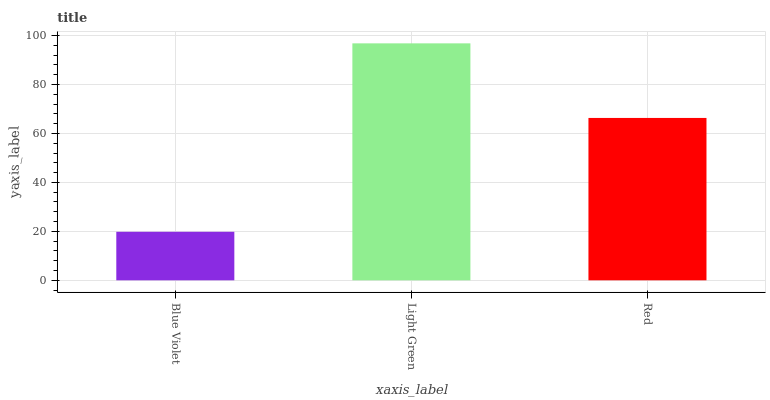
| xaxis_label | bars |
 | --- | --- |
 | Blue Violet | 19.8 |
 | Light Green | 96.8 |
 | Red | 66.3 |